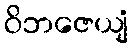
ဝိဘဇေယျံ